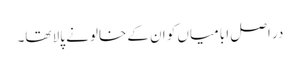
در اصل ابا میاں کو ان کے خالو نے پالا تھا۔